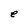
Character: e